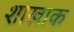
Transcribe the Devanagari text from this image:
शाखाक